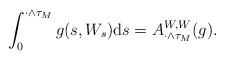
LaTeX: \begin{align*} \int_0^{\cdot\wedge \tau_M} g(s, W_s) \mathrm ds = A^{W,W}_{\cdot\wedge \tau_M} (g). \end{align*}